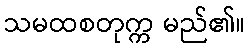
သမထစတုက္က မည်၏။